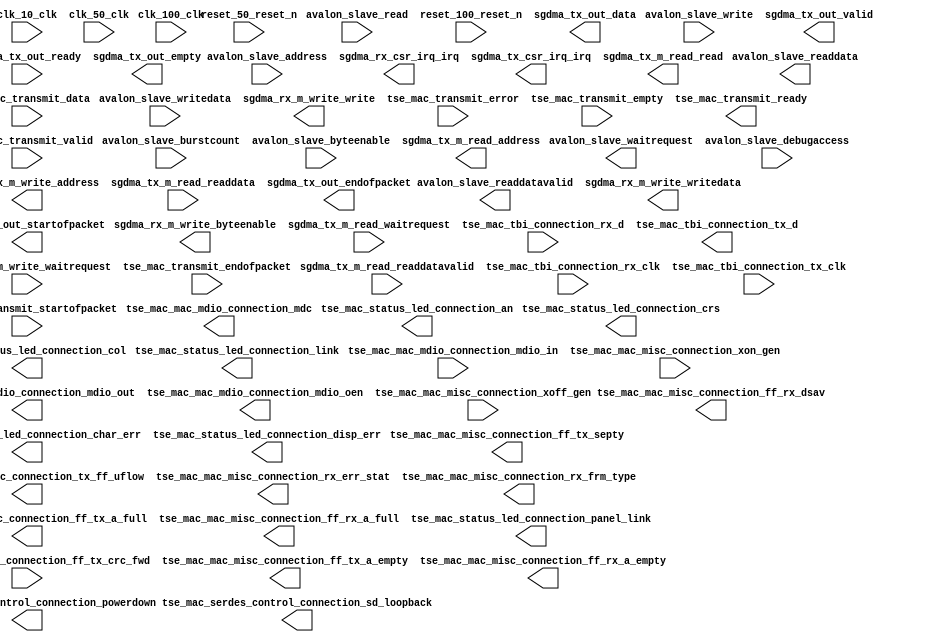

module tse_w_sgdma_simple_2_ic_red_fifo_tbi (
	avalon_slave_waitrequest,
	avalon_slave_readdata,
	avalon_slave_readdatavalid,
	avalon_slave_burstcount,
	avalon_slave_writedata,
	avalon_slave_address,
	avalon_slave_write,
	avalon_slave_read,
	avalon_slave_byteenable,
	avalon_slave_debugaccess,
	clk_10_clk,
	clk_100_clk,
	clk_50_clk,
	reset_100_reset_n,
	reset_50_reset_n,
	sgdma_rx_csr_irq_irq,
	sgdma_rx_m_write_waitrequest,
	sgdma_rx_m_write_address,
	sgdma_rx_m_write_write,
	sgdma_rx_m_write_writedata,
	sgdma_rx_m_write_byteenable,
	sgdma_tx_csr_irq_irq,
	sgdma_tx_m_read_readdata,
	sgdma_tx_m_read_readdatavalid,
	sgdma_tx_m_read_waitrequest,
	sgdma_tx_m_read_address,
	sgdma_tx_m_read_read,
	sgdma_tx_out_data,
	sgdma_tx_out_valid,
	sgdma_tx_out_ready,
	sgdma_tx_out_endofpacket,
	sgdma_tx_out_startofpacket,
	sgdma_tx_out_empty,
	tse_mac_mac_mdio_connection_mdc,
	tse_mac_mac_mdio_connection_mdio_in,
	tse_mac_mac_mdio_connection_mdio_out,
	tse_mac_mac_mdio_connection_mdio_oen,
	tse_mac_mac_misc_connection_xon_gen,
	tse_mac_mac_misc_connection_xoff_gen,
	tse_mac_mac_misc_connection_ff_tx_crc_fwd,
	tse_mac_mac_misc_connection_ff_tx_septy,
	tse_mac_mac_misc_connection_tx_ff_uflow,
	tse_mac_mac_misc_connection_ff_tx_a_full,
	tse_mac_mac_misc_connection_ff_tx_a_empty,
	tse_mac_mac_misc_connection_rx_err_stat,
	tse_mac_mac_misc_connection_rx_frm_type,
	tse_mac_mac_misc_connection_ff_rx_dsav,
	tse_mac_mac_misc_connection_ff_rx_a_full,
	tse_mac_mac_misc_connection_ff_rx_a_empty,
	tse_mac_serdes_control_connection_sd_loopback,
	tse_mac_serdes_control_connection_powerdown,
	tse_mac_status_led_connection_crs,
	tse_mac_status_led_connection_link,
	tse_mac_status_led_connection_panel_link,
	tse_mac_status_led_connection_col,
	tse_mac_status_led_connection_an,
	tse_mac_status_led_connection_char_err,
	tse_mac_status_led_connection_disp_err,
	tse_mac_tbi_connection_rx_clk,
	tse_mac_tbi_connection_tx_clk,
	tse_mac_tbi_connection_rx_d,
	tse_mac_tbi_connection_tx_d,
	tse_mac_transmit_data,
	tse_mac_transmit_endofpacket,
	tse_mac_transmit_error,
	tse_mac_transmit_empty,
	tse_mac_transmit_ready,
	tse_mac_transmit_startofpacket,
	tse_mac_transmit_valid);	

	output		avalon_slave_waitrequest;
	output	[31:0]	avalon_slave_readdata;
	output		avalon_slave_readdatavalid;
	input	[2:0]	avalon_slave_burstcount;
	input	[31:0]	avalon_slave_writedata;
	input	[12:0]	avalon_slave_address;
	input		avalon_slave_write;
	input		avalon_slave_read;
	input	[3:0]	avalon_slave_byteenable;
	input		avalon_slave_debugaccess;
	input		clk_10_clk;
	input		clk_100_clk;
	input		clk_50_clk;
	input		reset_100_reset_n;
	input		reset_50_reset_n;
	output		sgdma_rx_csr_irq_irq;
	input		sgdma_rx_m_write_waitrequest;
	output	[31:0]	sgdma_rx_m_write_address;
	output		sgdma_rx_m_write_write;
	output	[31:0]	sgdma_rx_m_write_writedata;
	output	[3:0]	sgdma_rx_m_write_byteenable;
	output		sgdma_tx_csr_irq_irq;
	input	[31:0]	sgdma_tx_m_read_readdata;
	input		sgdma_tx_m_read_readdatavalid;
	input		sgdma_tx_m_read_waitrequest;
	output	[31:0]	sgdma_tx_m_read_address;
	output		sgdma_tx_m_read_read;
	output	[31:0]	sgdma_tx_out_data;
	output		sgdma_tx_out_valid;
	input		sgdma_tx_out_ready;
	output		sgdma_tx_out_endofpacket;
	output		sgdma_tx_out_startofpacket;
	output	[1:0]	sgdma_tx_out_empty;
	output		tse_mac_mac_mdio_connection_mdc;
	input		tse_mac_mac_mdio_connection_mdio_in;
	output		tse_mac_mac_mdio_connection_mdio_out;
	output		tse_mac_mac_mdio_connection_mdio_oen;
	input		tse_mac_mac_misc_connection_xon_gen;
	input		tse_mac_mac_misc_connection_xoff_gen;
	input		tse_mac_mac_misc_connection_ff_tx_crc_fwd;
	output		tse_mac_mac_misc_connection_ff_tx_septy;
	output		tse_mac_mac_misc_connection_tx_ff_uflow;
	output		tse_mac_mac_misc_connection_ff_tx_a_full;
	output		tse_mac_mac_misc_connection_ff_tx_a_empty;
	output	[17:0]	tse_mac_mac_misc_connection_rx_err_stat;
	output	[3:0]	tse_mac_mac_misc_connection_rx_frm_type;
	output		tse_mac_mac_misc_connection_ff_rx_dsav;
	output		tse_mac_mac_misc_connection_ff_rx_a_full;
	output		tse_mac_mac_misc_connection_ff_rx_a_empty;
	output		tse_mac_serdes_control_connection_sd_loopback;
	output		tse_mac_serdes_control_connection_powerdown;
	output		tse_mac_status_led_connection_crs;
	output		tse_mac_status_led_connection_link;
	output		tse_mac_status_led_connection_panel_link;
	output		tse_mac_status_led_connection_col;
	output		tse_mac_status_led_connection_an;
	output		tse_mac_status_led_connection_char_err;
	output		tse_mac_status_led_connection_disp_err;
	input		tse_mac_tbi_connection_rx_clk;
	input		tse_mac_tbi_connection_tx_clk;
	input	[9:0]	tse_mac_tbi_connection_rx_d;
	output	[9:0]	tse_mac_tbi_connection_tx_d;
	input	[31:0]	tse_mac_transmit_data;
	input		tse_mac_transmit_endofpacket;
	input		tse_mac_transmit_error;
	input	[1:0]	tse_mac_transmit_empty;
	output		tse_mac_transmit_ready;
	input		tse_mac_transmit_startofpacket;
	input		tse_mac_transmit_valid;
endmodule